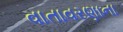
વાતાવરણાના